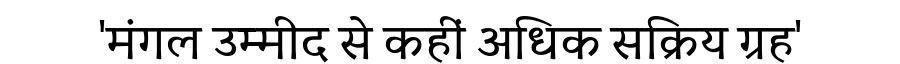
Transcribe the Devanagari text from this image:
'मंगल उम्मीद से कहीं अधिक सक्रिय ग्रह'